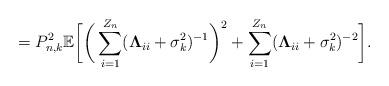
LaTeX: \begin{align*}=P_{n,k}^{2}\mathbb{E}\bigg[\bigg(\sum\limits_{i=1}^{Z_{n}}(\mathbf{\Lambda}_{ii}+\sigma_{k}^{2})^{-1}\bigg)^{2}+\sum\limits_{i=1}^{Z_{n}}(\mathbf{\Lambda}_{ii}+\sigma_{k}^{2})^{-2}\bigg].\end{align*}